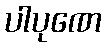
ပါပုဏေ